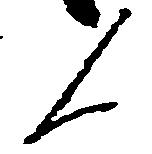
人